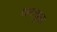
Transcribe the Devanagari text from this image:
श्रमायुक्त